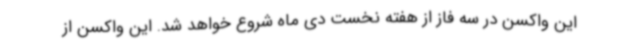
این واکسن در سه فاز از هفته نخست دی ماه شروع خواهد شد. این واکسن از